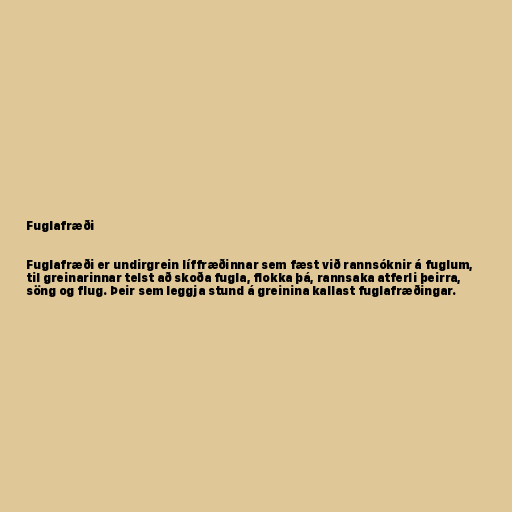
Fuglafræði

Fuglafræði er undirgrein líffræðinnar sem fæst við rannsóknir á fuglum,
til greinarinnar telst að skoða fugla, flokka þá, rannsaka atferli þeirra,
söng og flug. Þeir sem leggja stund á greinina kallast fuglafræðingar.